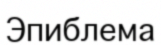
Эпиблема